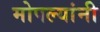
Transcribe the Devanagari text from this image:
मोपल्यांनी